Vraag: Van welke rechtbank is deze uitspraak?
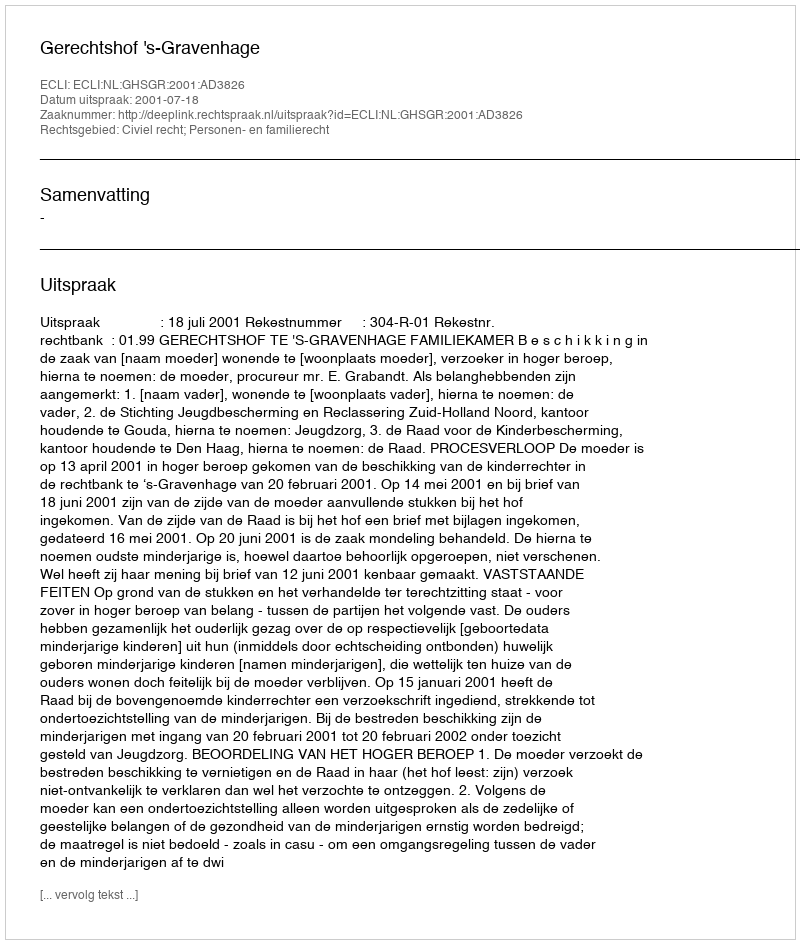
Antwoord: Gerechtshof 's-Gravenhage